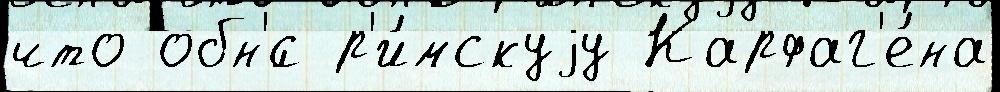
что обн'́с р'и́мскуjу Карфаг'е́на